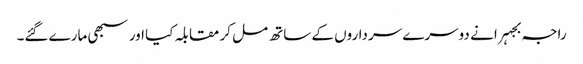
راجہ بجہرا نے دوسرے سرداروں کے ساتھ مل کر مقابلہ کیا اور سبھی مارے گئے۔